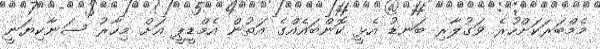
މެމްބަރަކަށްހުރެ ވަގުލާރި ބަނޑު އެޅީ ކޮންބައެއްގެ އަތުން އެމްޑީޕީ އަށް މިހާރު ސަނާކިޔަނީ